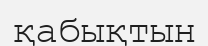
қабықтын